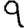
Digit: 9